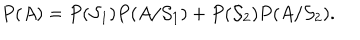
P ( A ) = P ( { \cal S } _ { 1 } ) P ( A / { \cal S } _ { 1 } ) + P ( { \cal S } _ { 2 } ) P ( A / { \cal S } _ { 2 } ) .